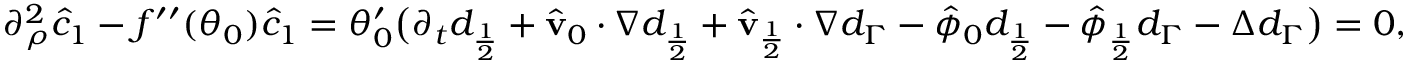
\begin{array} { r } { \partial _ { \rho } ^ { 2 } \hat { c } _ { 1 } - f ^ { \prime \prime } ( \theta _ { 0 } ) \hat { c } _ { 1 } = \theta _ { 0 } ^ { \prime } \big ( \partial _ { t } d _ { \frac { 1 } { 2 } } + \hat { \mathbf { v } } _ { 0 } \cdot \nabla d _ { \frac { 1 } { 2 } } + \hat { \mathbf { v } } _ { \frac { 1 } { 2 } } \cdot \nabla d _ { \Gamma } - \hat { \phi } _ { 0 } d _ { \frac { 1 } { 2 } } - \hat { \phi } _ { \frac { 1 } { 2 } } d _ { \Gamma } - \Delta d _ { \Gamma } \big ) = 0 , } \end{array}